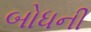
બોધની